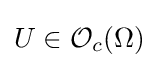
U\in {\mathcal {O}}_{c}(\Omega )